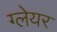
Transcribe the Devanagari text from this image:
ग्‍लेयर